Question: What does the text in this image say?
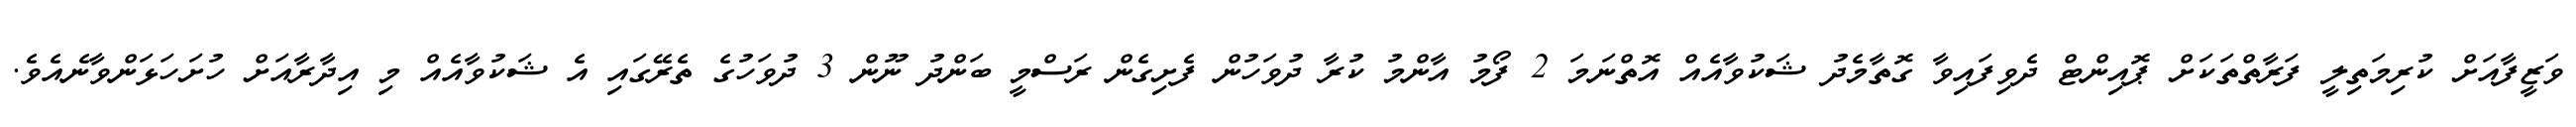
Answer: ވަޒީފާއަށް ކުރިމަތިލީ ފަރާތްތަކަށް ޕޮއިންޓް ދެވިފައިވާ ގޮތާމެދު ޝަކުވާއެއް އޮތްނަމަ 2 ފޯމު އާންމު ކުރާ ދުވަހުން ފެށިގެން ރަސްމީ ބަންދު ނޫން 3 ދުވަހުގެ ތެރޭގައި އެ ޝަކުވާއެއް މި އިދާރާއަށް ހުށަހަޅަންވާނެއެވެ.